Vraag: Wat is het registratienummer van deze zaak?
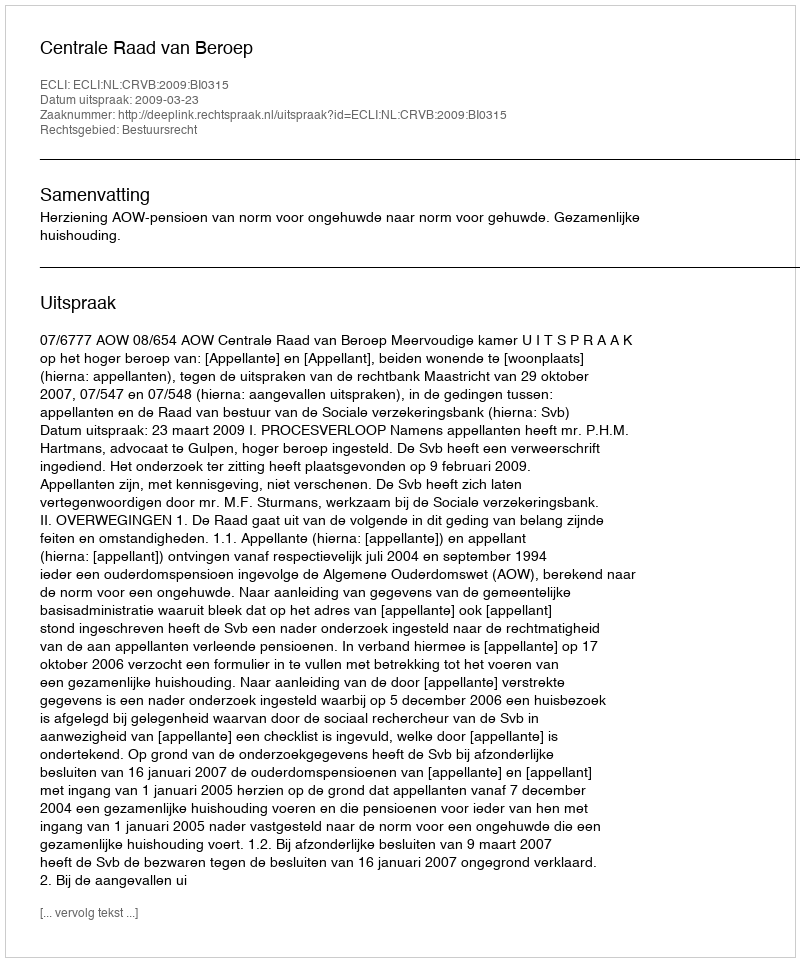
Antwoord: http://deeplink.rechtspraak.nl/uitspraak?id=ECLI:NL:CRVB:2009:BI0315